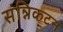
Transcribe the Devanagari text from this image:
संन्निकटन